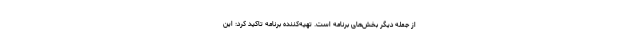
از جمله دیگر بخش‌های برنامه است. تهیه‌کننده برنامه تاکید کرد: این